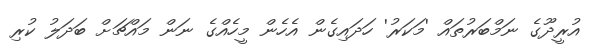
އުރީދޫގެ ނަމްބަރުތައް 'މަކަރު' ހަދައިގެން އެހެން މީހެއްގެ ނަން މައްޗަށް ބަދަލު ކުރި